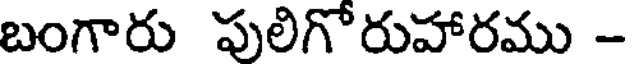
బంగారు పులిగోరుహారము -